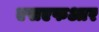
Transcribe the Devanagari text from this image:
एसएफआर